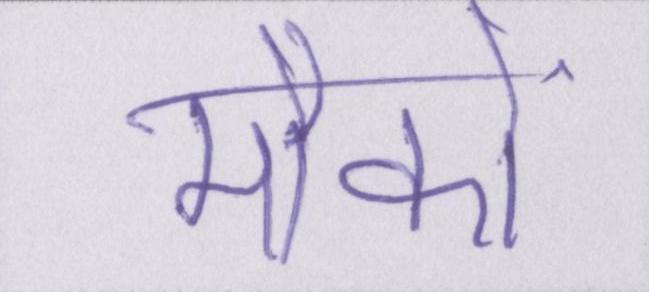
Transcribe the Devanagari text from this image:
मौकों